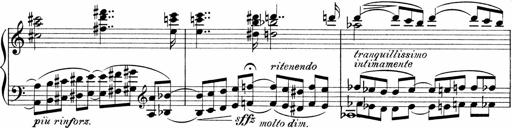
Title: Sonatina No.1
Composer: Otto Stoll
Key: C major